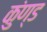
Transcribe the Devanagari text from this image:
कुंण्ड